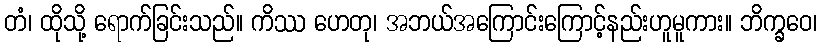
တံ၊ ထိုသို့ ရောက်ခြင်းသည်။ ကိဿ ဟေတု၊ အဘယ်အကြောင်းကြောင့်နည်းဟူမူကား။ ဘိက္ခဝေ၊